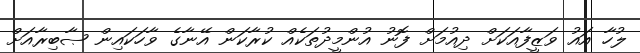
ލުހާ އައު ވަޒީފާއަކަށް ދިއުމަށް ފޮނު އުންމީދުތަކެއް ކުރާކަން އޭނާގެ ވާހަކައިން ޞާބިރާއަށް